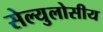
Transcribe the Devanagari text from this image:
सेल्युलोसीय